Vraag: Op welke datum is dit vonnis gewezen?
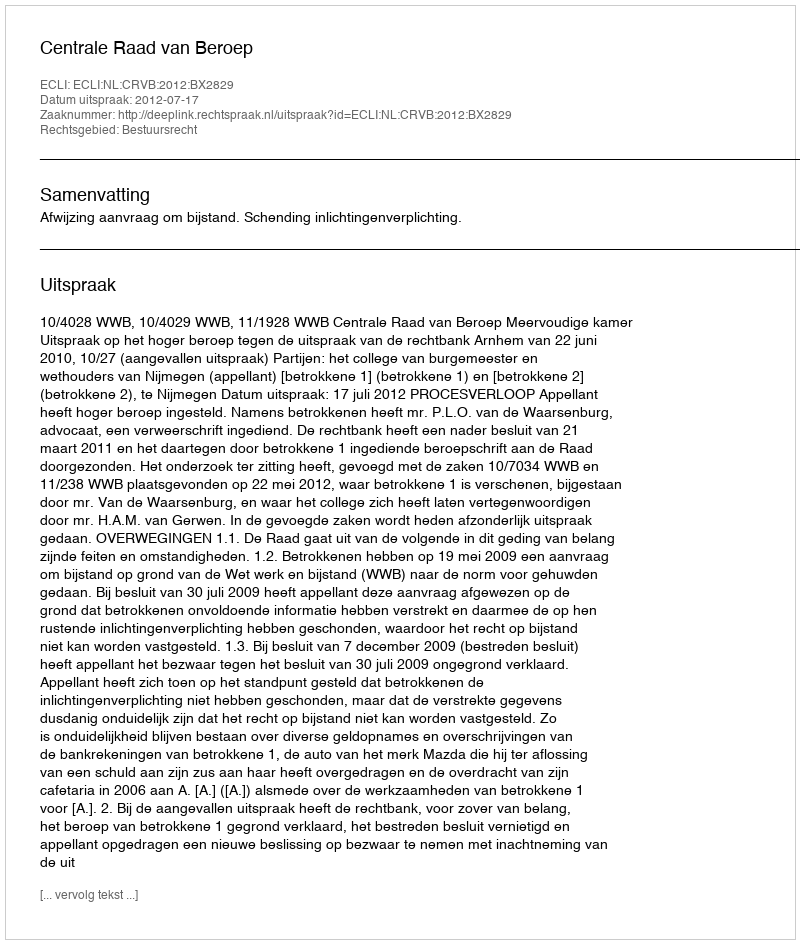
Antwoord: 2012-07-17